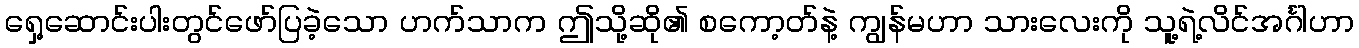
ရှေ့ဆောင်းပါးတွင်ဖော်ပြခဲ့သော ဟက်သာက ဤသို့ဆို၏ စကော့တ်နဲ့ ကျွန်မဟာ သားလေးကို သူ့ရဲ့လိင်အင်္ဂါဟာ